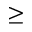
\ge